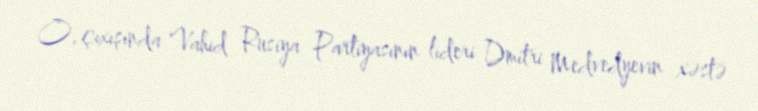
O, çıxışında Vahid Rusiya Partiyasının lideri Dmitri Medvedyevin xəstə